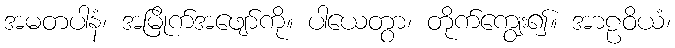
အမတပါနံ၊ အမြိုက်အဖျော်ကို။ ပါယေတွာ၊ တိုက်ကျွေး၍။ အာဠဝိယံ၊